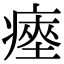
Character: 瘞